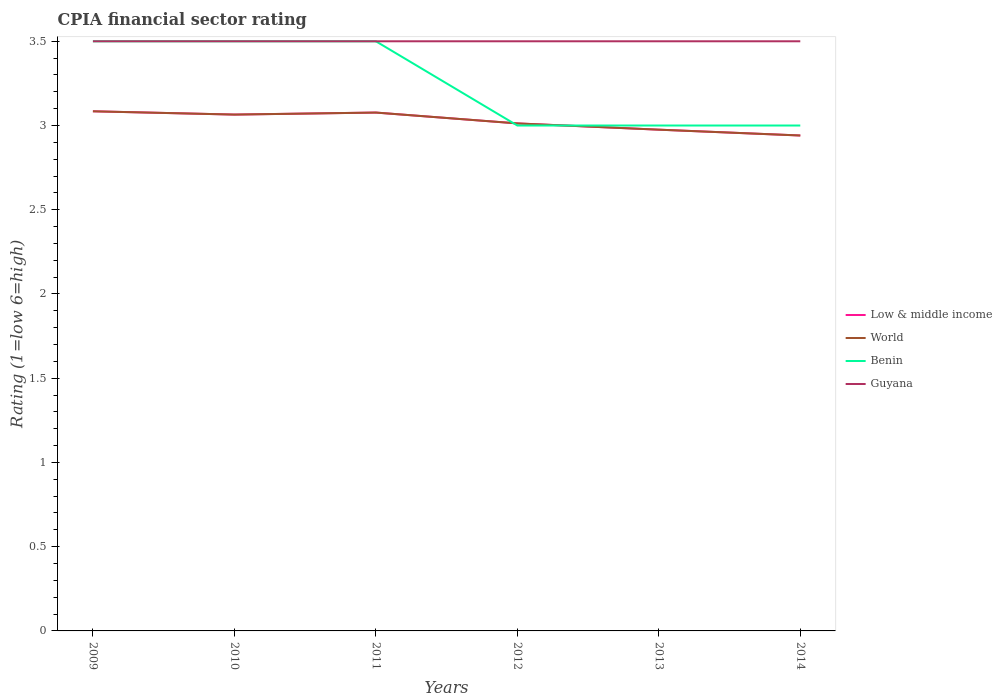
| Years | Low & middle income | World | Benin | Guyana |
 | --- | --- | --- | --- | --- |
 | 2009 | 3.08 | 3.08 | 3.5 | 3.5 |
 | 2010 | 3.06 | 3.06 | 3.5 | 3.5 |
 | 2011 | 3.08 | 3.08 | 3.5 | 3.5 |
 | 2012 | 3.01 | 3.01 | 3 | 3.5 |
 | 2013 | 2.98 | 2.98 | 3 | 3.5 |
 | 2014 | 2.94 | 2.94 | 3 | 3.5 |